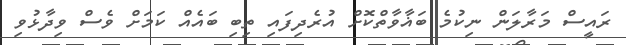
ރައީސް މަރާލަން ނިކުމެ ބަޣާވާތްކޮށް އުރެދިފައި ތިބި ބައެއް ކަމަށް ވެސް ވިދާޅުވި